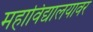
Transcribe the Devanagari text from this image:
महाविद्यालयावर